65_HS1-834228961_62-HQ-83894_Section_10
Agency: FBI
Page 171
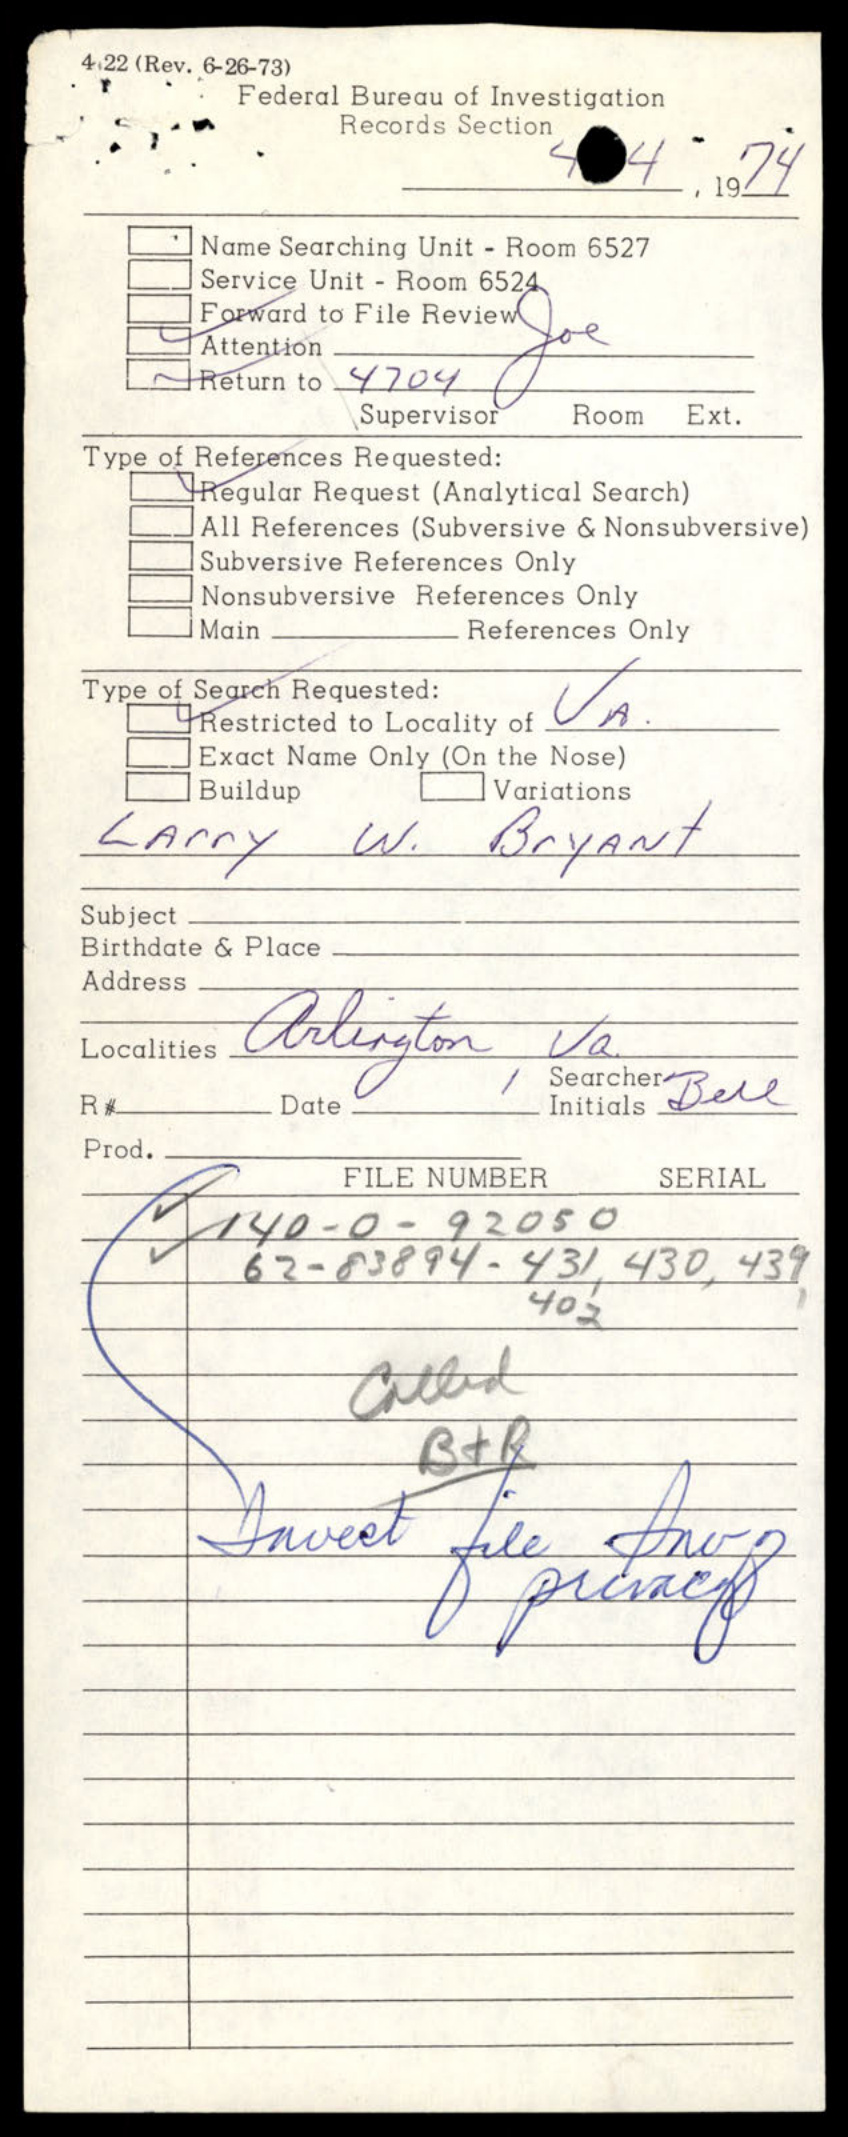